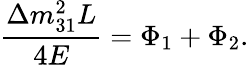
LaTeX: \frac{\Delta m_{31}^{2}L}{4E}=\Phi_{1}+\Phi_{2}.